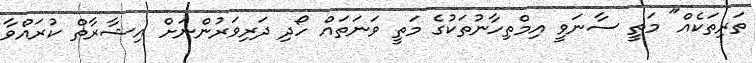
ތަރިތަކެއް" މަތީ ސާނަވީ އިމްތިހާނުތަކުގެ މަތީ ވަނަތައް ހޯދި ދަރިވަރުންނަށް އިޝާރާތް ކުރައްވާ